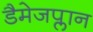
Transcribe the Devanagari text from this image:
डैमेजप्लान